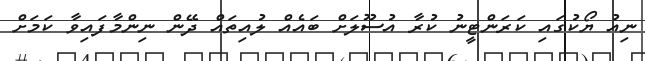
ނިއު ޔޯކުގައި ކަރަންޓީނު ކުރާ އުސޫލަށް ބައެއް ލުއިތައް ދޭން ނިންމާފައިވާ ކަމަށް